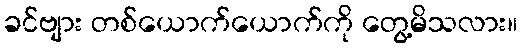
ခင်ဗျား တစ်ယောက်ယောက်ကို တွေ့မိသလား။